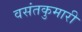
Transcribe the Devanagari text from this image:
वसंतकुमारी